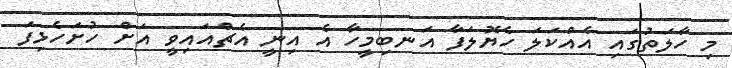
މި ހާލަތުގައި އެއްކަލަ ހެޔޮލަފާ އަނބިމީހާ އެ އިނީ އެޗްއައިވީ އަށް ހުށަހެޅިފަ